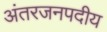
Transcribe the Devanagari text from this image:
अंतरजनपदीय